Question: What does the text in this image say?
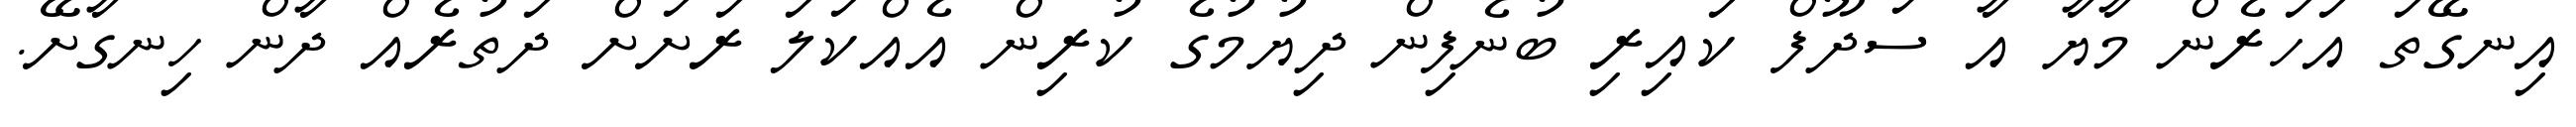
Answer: އިނގޭތަ އަހަރެން މާޔާ އާ ސަދޫފް ކައިރި ބުނެފިން ދިޔުމުގެ ކުރިން އެއްކަލަ ރަށަށް ދަތުރެއް ދާން ހިނގާށޭ.